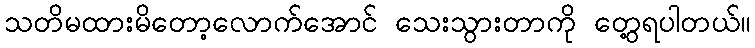
သတိမထားမိတော့လောက်အောင် သေးသွားတာကို တွေ့ရပါတယ်။